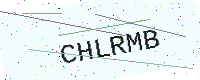
Text: CHLRMB